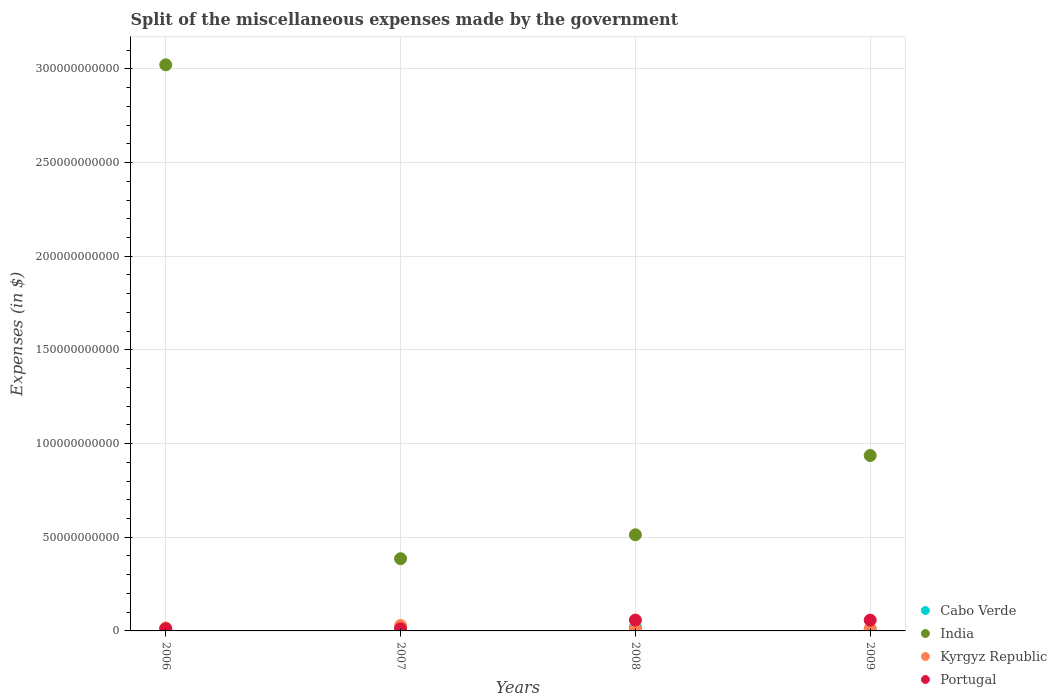
| Years | Cabo Verde | India | Kyrgyz Republic | Portugal |
 | --- | --- | --- | --- | --- |
 | 2006 | 1.05e+09 | 3.02e+11 | 1.58e+09 | 1.16e+09 |
 | 2007 | 1.88e+09 | 3.86e+10 | 2.88e+09 | 1.16e+09 |
 | 2008 | 2.01e+09 | 5.13e+10 | 1.08e+09 | 5.8e+09 |
 | 2009 | 6.89e+08 | 9.36e+10 | 1.22e+09 | 5.75e+09 |